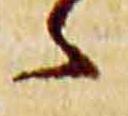
々